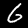
Digit: 6